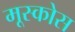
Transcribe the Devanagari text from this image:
मूस्कोस